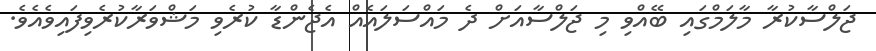
ޖަލްސާކުރާ މާލަމްގައި ބޭއްވި މި ޖަލްސާއަށް ދެ މައްސަލައެއް އެޖެންޑާ ކުރެވި މަޝްވަރާކުރެވިފައިވެއެވެ.